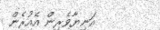
އަނިޔާވެރިން އެއުރެން